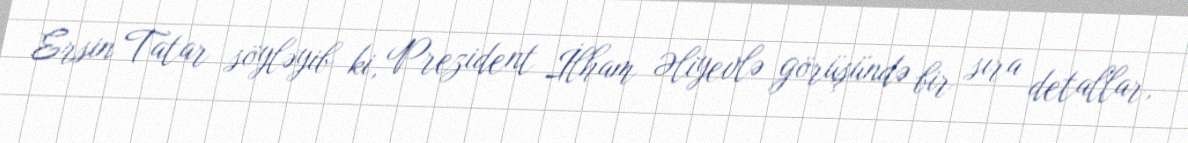
Ersin Tatar söyləyib ki, Prezident İlham Əliyevlə görüşündə bir sıra detallar,